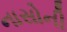
નાસોની